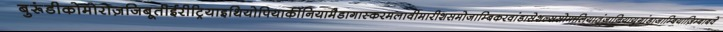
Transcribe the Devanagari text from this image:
बुरूंडीकोमोरोज़जिबूतीईरीट्रियाइथियोपियाकीनियामैडागास्करमलावीमारीशसमोजाम्बिकरवांडासेशल्ससोमालियातंजानियायुगांडाजाम्बियाज़िम्बाबवे